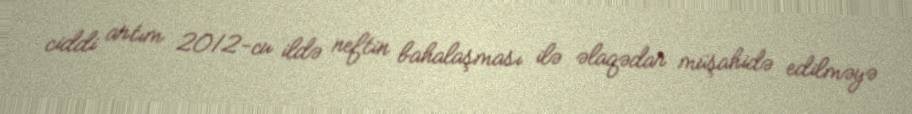
ciddi artım 2012-cu ildə neftin bahalaşması ilə əlaqədar müşahidə edilməyə